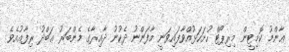
ޢާންމު ކޮމިޓީން މިރިޕޯޓް ހުށަހަޅުއްވާފައިވަނީ މާފަންނު ދެކުނު ދާއިރާގެ މެންބަރު ޢަބްދު ރިފާޢުއެވެ.